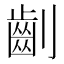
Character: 𠠚